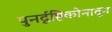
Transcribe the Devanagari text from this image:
पुनर्दृष्टिकोनातून